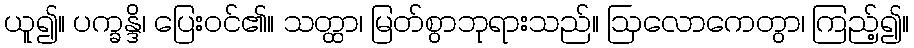
ယူ၍။ ပက္ခန္ဒိ၊ ပြေးဝင်၏။ သတ္ထာ၊ မြတ်စွာဘုရားသည်။ ဩလောကေတွာ၊ ကြည့်၍။